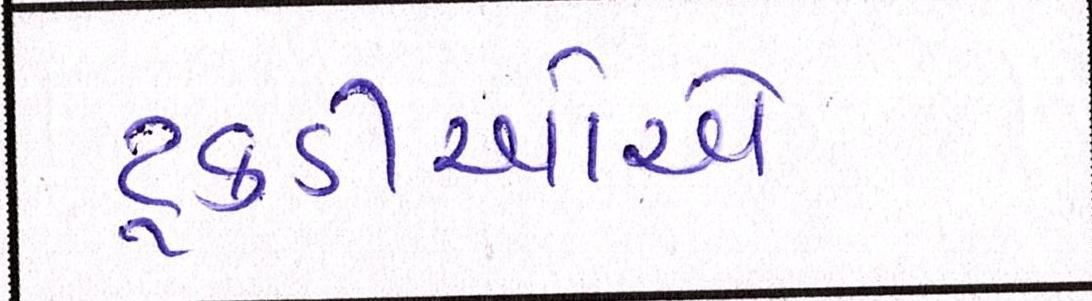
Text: ટૂકડીઓએ